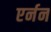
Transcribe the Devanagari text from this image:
एर्नन